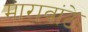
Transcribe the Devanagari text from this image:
मारावांठे